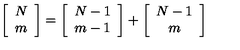
\left[ \begin{array} { c } { N } \\ { m } \\ \end{array} \right] = \left[ \begin{array} { c } { N - 1 } \\ { m - 1 } \\ \end{array} \right] + \left[ \begin{array} { c } { N - 1 } \\ { m } \\ \end{array} \right]